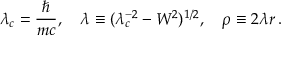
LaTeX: \lambda _ { c } = \frac { \hbar } { m c } , \quad \lambda \equiv ( \lambda _ { c } ^ { - 2 } - W ^ { 2 } ) ^ { 1 / 2 } , \quad \rho \equiv 2 \lambda r \, { . }